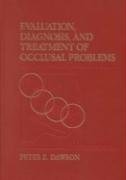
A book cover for Evaluation, Diagnosis, And Treatment Of Occlusal Problems; Peter E. Dawson DDS; Medical Books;